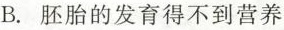
B.胚胎的发育得不到营养